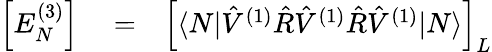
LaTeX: \begin{array}{rlr}{\Big[E_{N}^{(3)}\Big]}&{{}=}&{\Big[\langle N|\hat{V}^{(1)}\hat{R}\hat{V}^{(1)}\hat{R}\hat{V}^{(1)}|N\rangle\Big]_{{L}}}\end{array}